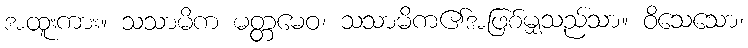
အထူးကား။ သသာမိက မတ္တမေဝ၊ သသာမိက၏အဖြစ်မျှသည်သာ။ ဝိသေသော၊